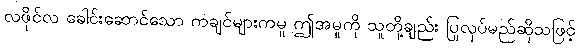
လဖိုင်လ ခေါင်းဆောင်သော ကချင်များကမူ ဤအမှုကို သူတို့ချည်း ပြုလုပ်မည်ဆိုသဖြင့်